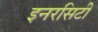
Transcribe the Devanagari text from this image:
इनरसिटी